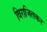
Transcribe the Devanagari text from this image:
विराजितकर